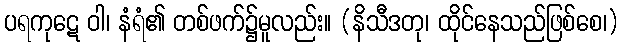
ပရကုဋေ ဝါ၊ နံရံ၏ တစ်ဖက်၌မူလည်း။ (နိသီဒတု၊ ထိုင်နေသည်ဖြစ်စေ၊)